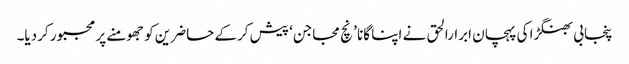
پنجابی بھنگڑا کی پہچان ابرارالحق نے اپنا گانا ’ نچ مجاجن‘ پیش کرکے حاضرین کو جھومنے پر مجبور کردیا۔